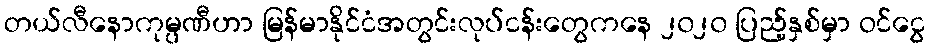
တယ်လီနောကုမ္ပဏီဟာ မြန်မာနိုင်ငံအတွင်းလုပ်ငန်းတွေကနေ ၂၀၂၀ ပြည့်နှစ်မှာ ဝင်ငွေ